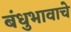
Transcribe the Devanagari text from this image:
बंधुभावाचे